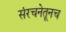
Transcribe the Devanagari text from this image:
संरचनेतूनच